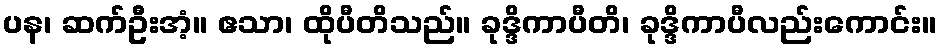
ပန၊ ဆက်ဦးအံ့။ ဧသာ၊ ထိုပီတိသည်။ ခုဒ္ဒိကာပီတိ၊ ခုဒ္ဒိကာပီလည်းကောင်း။